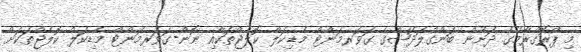
މި ޕްރޮގްރާމުގެ ދަށުން ބަންގްލަދޭޝްގެ ގަވަރމަންޓް މެޑިކަލް ކޮލެޖްތަކާއި ނޮން-ގަވަރމަންޓް މެޑިކަލް ކޮލެޖްތަކަށް